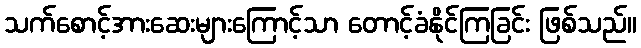
သက်စောင့်အားဆေးများကြောင့်သာ တောင့်ခံနိုင်ကြခြင်း ဖြစ်သည်။